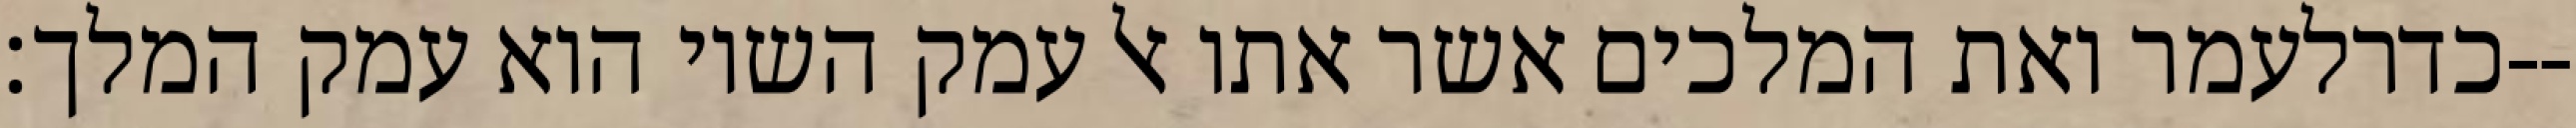
כדרלעמר ואת המלכים אשר אתו אל עמק השוי הוא עמק המלך׃--